Leaving Certificate Examination, 1919
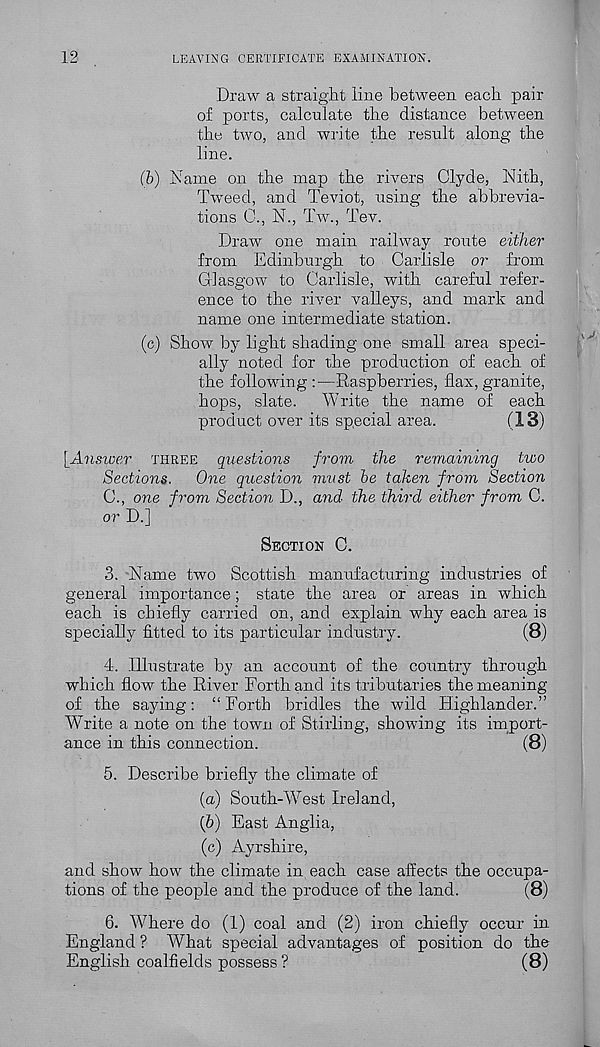
12
LEAVING CERTIFICATE EXAMINATION.
Draw a straight line between each pair
of ports, calculate the distance between
the two, and write the result along the
line.
(b) Name on the map the rivers Clyde, Nith,
Tweed, and Teviot, using the abbrevia-
tions 0., N., Tw., Tev.
Draw one main railway route either
from Edinburgh to Carlisle or from
Glasgow to Carlisle, with careful refer-
ence to the river valleys, and mark and
name one intermediate station.
(c) Show by light shading one small area speci-
ally noted for the production of each of
the following :—Raspberries, flax, granite,
hops, slate. Write the name of each
product over its special area.
(13)
\_Answer THREE questions from the remaining two
Sections. One question must be taken from Section
C., one from Section D., and the third either from C.
or D.]
SECTION C.
3. Name two Scottish manufacturing industries of
general importance; state the area or areas in which
each is chiefly carried on, and explain why each area is
specially fitted to its particular industry.
(8)
4. Illustrate by an account of the country through
which flow the River Forth and its tributaries the meaning
of the saying: “Forth bridles the wild Highlander.”
Write a note on the town of Stirling, showing its import-
ance in this connection.
(8)
5. Describe briefly the climate of
(а) South-W 6 7
(б) East Anglia,
(c) Ayrshire,
and show how the climate in each case affects the occupa-
tions of the people and the produce of the land.
(8)
6. Where do (1) coal and (2) iron chiefly occur in
England ? What special advantages of position do the
English coalfields possess ?
(8)